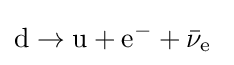
\mathrm {d} \to \mathrm {u} +\mathrm {e} ^{-}+{\bar {\nu }}_{\mathrm {e} }~